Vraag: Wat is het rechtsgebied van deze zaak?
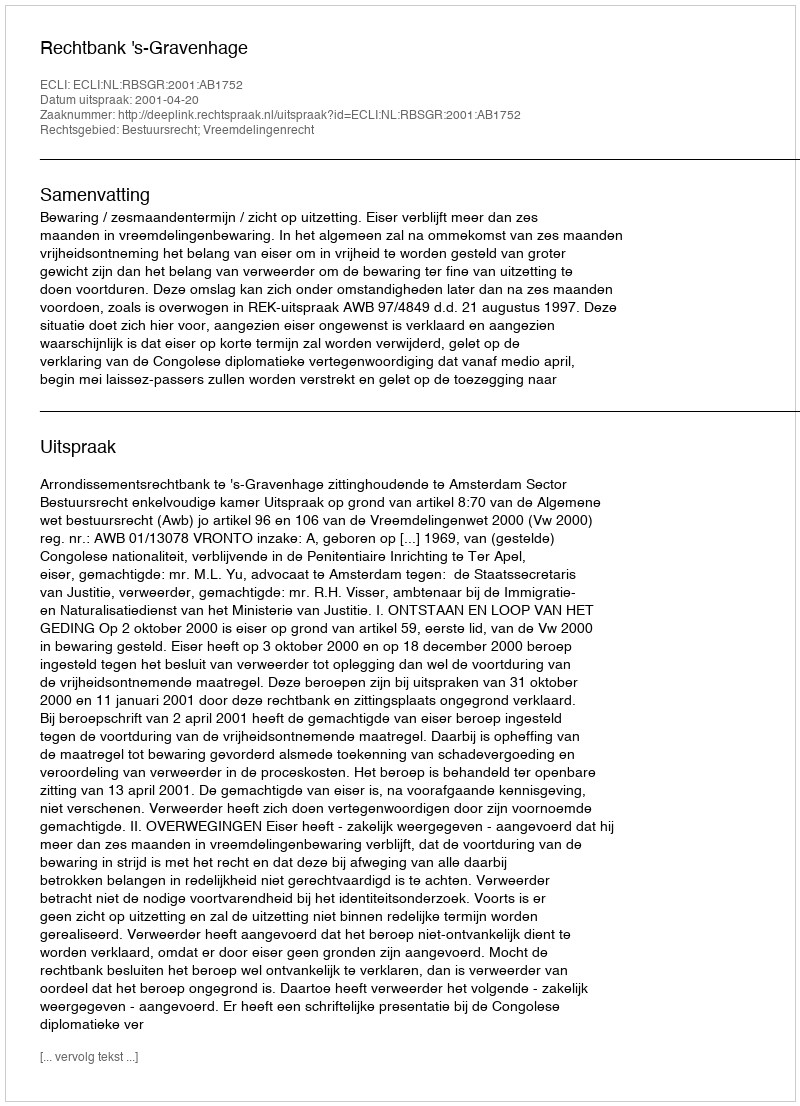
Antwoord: Bestuursrecht; Vreemdelingenrecht